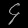
Digit: ၄